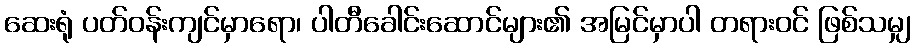
ဆေးရုံ ပတ်ဝန်းကျင်မှာရော၊ ပါတီခေါင်းဆောင်များ၏ အမြင်မှာပါ တရားဝင် ဖြစ်သမျှ